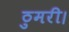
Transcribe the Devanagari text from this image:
ठुमरी।